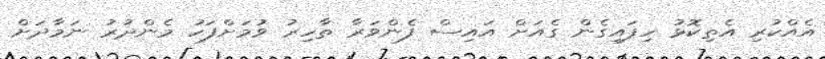
އެއްކުރި އެތިކޮޅު ހިފައިގެން ގެއަށް އައިސް ފެންވަރާ ތާހިރު ވުމަށްފަހު މެންދުރު ނަމާދަށް